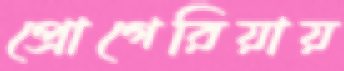
প্রোগেরিয়ায়